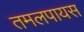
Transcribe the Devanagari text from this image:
तमलपायस